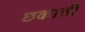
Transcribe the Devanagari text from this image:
छकाती